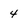
Character: 4